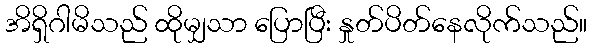
အိရှိဂါမိသည် ထိုမျှသာ ပြောပြီး နှုတ်ပိတ်နေလိုက်သည်။